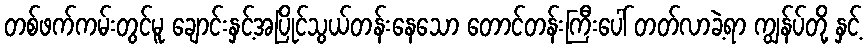
တစ်ဖက်ကမ်းတွင်မူ ချောင်းနှင့်အပြိုင်သွယ်တန်းနေသော တောင်တန်းကြီးပေါ် တတ်လာခဲ့ရာ ကျွန်ပ်တို့ နှင့်